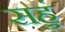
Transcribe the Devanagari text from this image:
सहुं